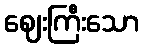
ဈေးကြီးသော